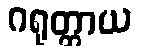
ဂရုတ္တာယ